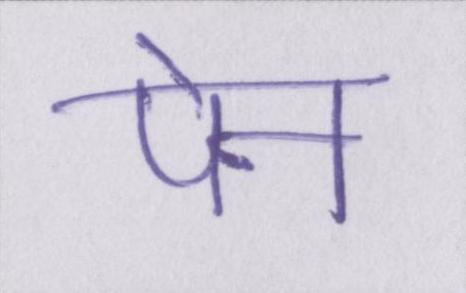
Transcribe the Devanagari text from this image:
पेन